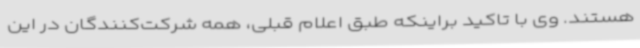
هستند. وی با تاکید براینکه طبق اعلام قبلی، همه شرکت‌کنندگان در این